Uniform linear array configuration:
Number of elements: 16
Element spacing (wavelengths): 0.75
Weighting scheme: uniform
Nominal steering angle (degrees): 60
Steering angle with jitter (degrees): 59.794
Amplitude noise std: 0.05
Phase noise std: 0.05

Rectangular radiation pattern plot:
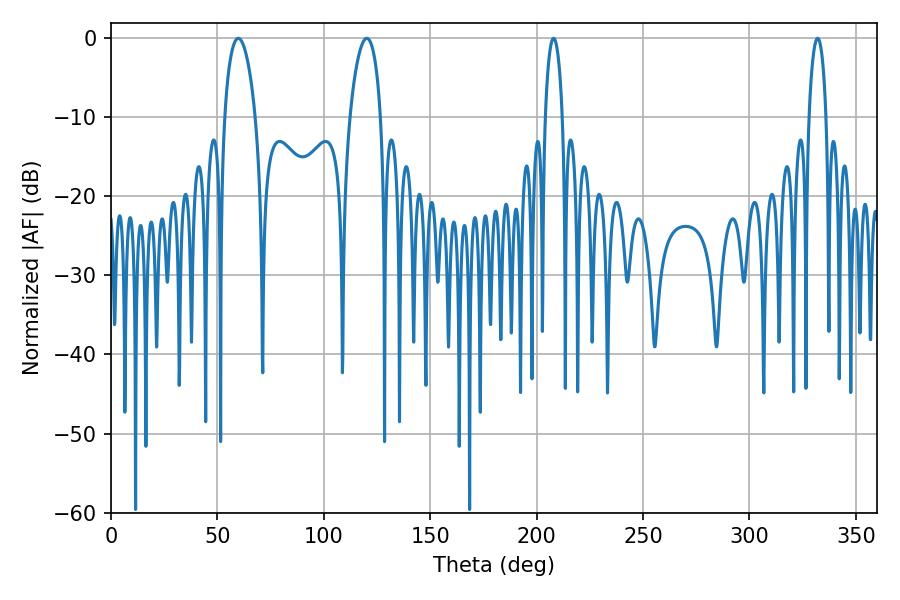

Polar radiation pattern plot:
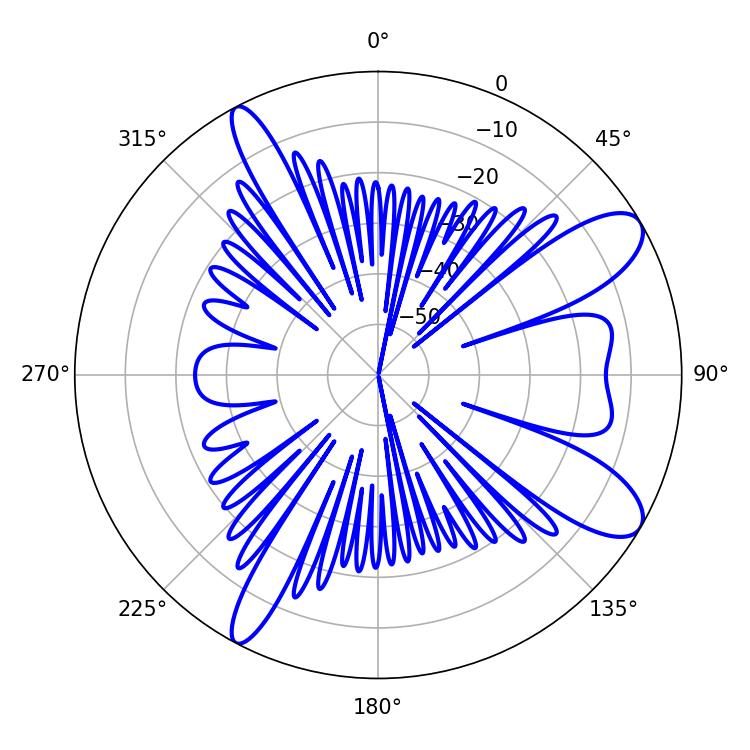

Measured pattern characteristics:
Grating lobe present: TRUE
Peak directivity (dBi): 9.982
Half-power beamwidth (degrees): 8.28
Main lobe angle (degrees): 59.76